Lunatic asylums Central Provinces reports 1895-1909 - 1895-1909
Year: 1895
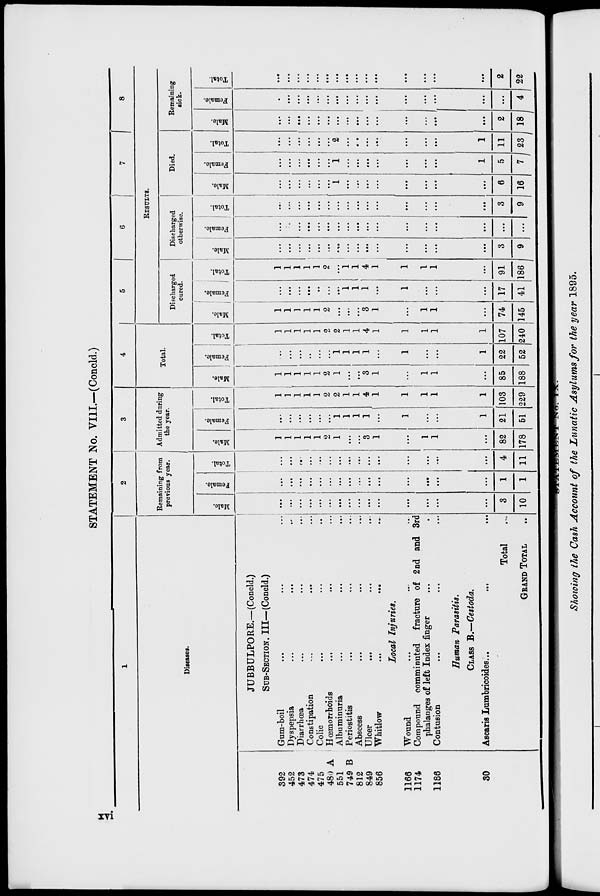
STATEMENT No. VIII.—(Concld.)
1
Diseases.
392
452
473
474
475
480 A
551
749 B
812
849
856
1166
1174
1186
30
JUBBULPORE.—(Concld.)
SUB-SECTION. III—(Concld.)
Gum-boil ... ... ...
Dyspepsia ... ... ...
Diarrhœa ... ... ...
Constipation
...
... ...
Colic ... ... ...
Hœmorrhoids
... ... ...
Albuminuria ... ... ...
Periostitis ... ... ...
Abscess ... ... ...
Ulcer ... ... ...
Whitlow ... ... ...
Local Injuries.
Wound ... ... ...
Compound comminuted fracture of 2nd and 3rd
phalanges of left Index finger ... ... ...
Contusion ... ... ...
Human Parasitis.
CLASS B.—Cestoda.
Ascaris Lumbricoides ... ... ...
Total ...
GRAND TOTAL ...
2
Remaining from
previous year.
Male.
...
...
...
...
...
...
...
...
...
...
...
...
...
...
...
3
10
Female.
...
...
...
...
...
...
...
...
...
...
...
...
...
...
...
1
1
Total.
...
...
...
...
...
...
...
...
...
...
...
...
...
...
...
4
11
3
Admitted during
the year.
Male.
1
1
1
1
1
2
1
...
...
3
1
...
1
1
...
82
178
Female.
...
...
...
...
...
...
1
1
1
1
...
1
...
...
1
21
51
Total.
1
1
1
1
1
2
2
1
1
4
1
1
1
1
1
103
229
4
Total.
Male.
1
1
1
1
1
2
1
...
...
3
1
...
1
1
...
85
188
Female.
...
...
...
...
...
...
1
1
1
1
...
1
...
...
1
22
52
Total.
1
1
1
1
1
2
2
1
1
4
1
1
1
1
1
107
240
5
6
7
8
RESULTS.
Discharged
cured.
Male.
1
1
1
1
1
2
...
...
...
3
1
...
1
1
...
74
145
Female.
...
...
...
...
...
...
...
1
1
1
...
1
...
...
...
17
41
Total.
1
1
1
1
1
2
...
1
1
4
1
1
1
1
...
91
186
Discharged
otherwise.
Male.
...
...
...
...
...
...
...
...
...
...
...
...
...
...
...
3
9
Female.
...
...
...
...
...
...
...
...
...
...
...
...
...
...
...
...
...
Total.
...
...
...
...
...
...
...
...
...
...
...
...
...
...
...
3
9
Died.
Male.
...
...
...
...
...
...
1
...
...
...
...
...
...
...
...
6
16
Female.
...
...
...
...
...
...
1
...
...
...
...
...
...
...
1
5
7
Total.
...
...
...
...
...
...
2
...
...
...
...
...
...
...
1
11
23
Remaining
sick.
Male.
...
...
...
...
...
...
...
...
...
...
...
...
...
...
...
2
18
Female.
...
...
...
...
...
...
...
...
...
...
...
...
...
...
...
...
4
Total.
...
...
...
...
...
...
...
...
...
...
...
...
...
...
...
2
22
xvi